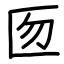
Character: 匢